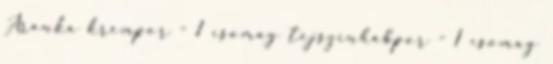
Aranka krémpor - 1 csomag tejszínhabpor - 1 csomag